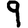
Digit: 9